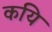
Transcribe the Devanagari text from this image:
कयि